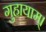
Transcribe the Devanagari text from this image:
गुहायाम्।